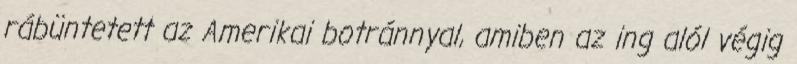
rábüntetett az Amerikai botránnyal, amiben az ing alól végig